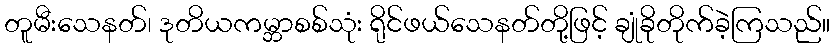
တူမီးသေနတ်၊ ဒုတိယကမ္ဘာစစ်သုံး ရိုင်ဖယ်သေနတ်တို့ဖြင့် ချုံခိုတိုက်ခဲ့ကြသည်။